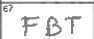
Transcription: FBT